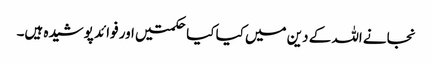
نجانے اللہ کے دین میں کیا کیا حکمتیں اور فوائد پوشیدہ ہیں۔